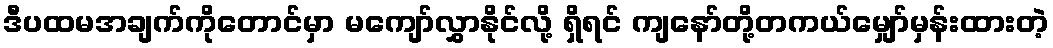
ဒီပထမအချက်ကိုတောင်မှာ မကျော်လွှာနိုင်လို့ ရှိရင် ကျနော်တို့တကယ်မျှော်မှန်းထားတဲ့